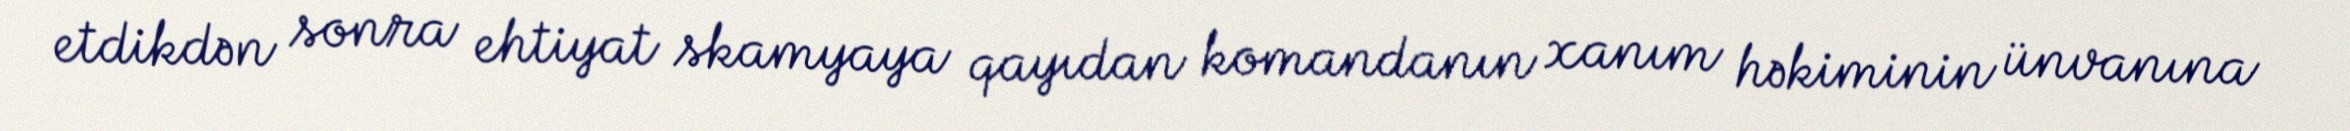
etdikdən sonra ehtiyat skamyaya qayıdan komandanın xanım həkiminin ünvanına